Tartu_linnavalitsus, lk 27
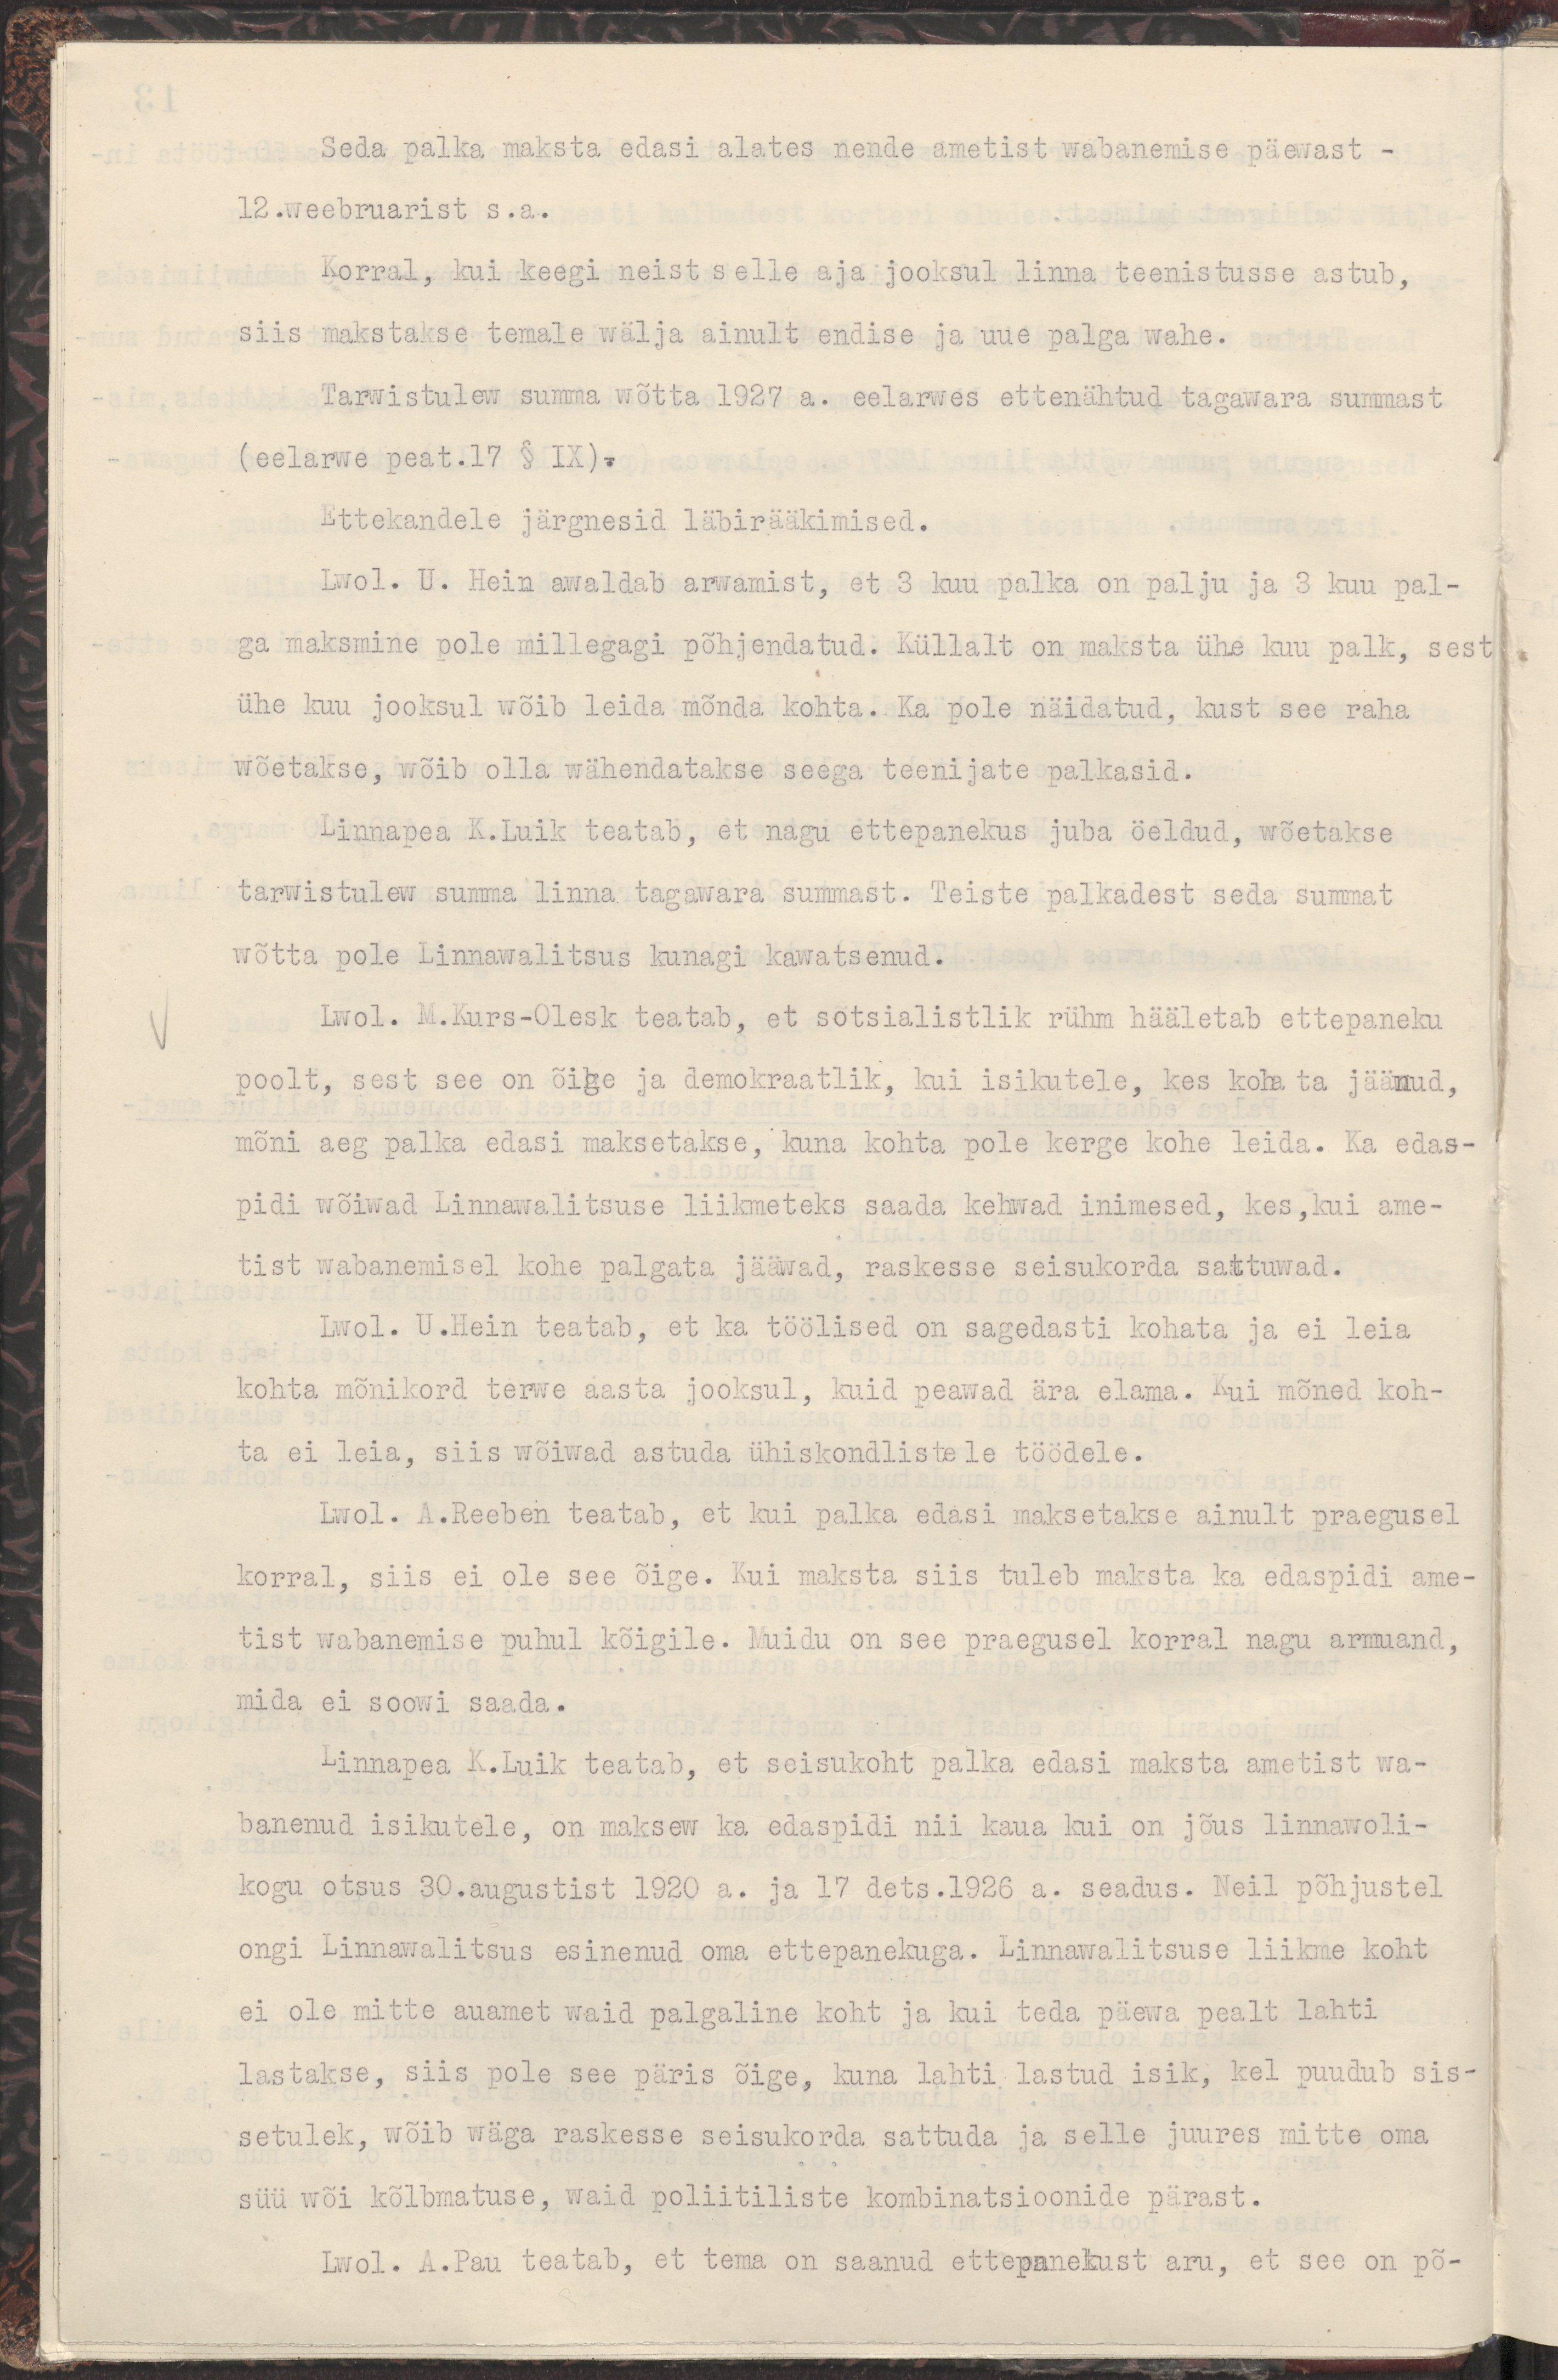
Seda palka maksta edasi alates nende ametist wabanemise päewast -
12.weebruarist s.a.
Korral, kui keegi neist selle aja jooksul linna teenistusse astub,
siis makstakse temale wälja ainult endise ja uue palga wahe.
Tarwistulew summa wõtta 1927 a. eelarwes ettenähtud tagawara summast
( eelarwe peat.17 § IX).
Ettekandele järgnesid läbirääkimised.
Lwol. U. Hein awaldab arwamist, et 3 kuu palka on palju ja 3 kuu pal-
ga maksmine pole millegagi põhjendatud. Küllalt on maksta ühe kuu palk, sest
ühe kuu jooksul wõib leida mõnda kohta. Ka pole näidatud, kust see raha
wõetakse, wõib olla wähendatakse seega teenijate palkasid.
Linnapea K.Luik teatab, et nagu ettepanekus juba öeldud, wõetakse
tarwistulew summa linna tagawara summast. Teiste palkadest seda summat
wõtta pole Linnawalitsus kunagi kawatsenud.
Lwol. M.Kurs-Olesk teatab, et sotsialistlik rühm hääletab ettepaneku
poolt sest, see on õige ja demokraatlik, kui isikutele, kes kohata jäänud,
mõni aeg palka edasi maksetakse, kuna kohta pole kerge kohe leida. Ka edas-
pidi wõiwad Linnawalitsuse liikmeteks saada kehwad inimesed, kes, kui ame-
tist wabanemiselkohe palgata jääwad, raskesse seisukorda sattuwad.
Lwol. U.Hein teatab, et ka töölised on sagedasti kohata ja ei leia
kohta mõnikord terwe aasta jooksul, kuid peawad ära elama. Kui mõned koh-
ta ei leia, siis wõiwad astuda ühiskondlistele töödele.
Lwol. A.Reeben teatab, et kui palka edasi maksetakse ainult praegusel 
korral, siis ei ole see õige. Kui maksta siis tuleb maksta ka edaspidi ame-
tist wabanemise puhul kõigile. Muidu on see praegusel korral nagu armuand,
mida ei soowi saada.
Linnapea K.Luik teatab, et seisukoht palka edasi maksta ametist wa-
banenud isikutele, on maksew ka edaspidi nii kaua kui on jõus linnawoli-
kogu otsus 30.augustist 1920 a. ja 17 dets.1926 a. seadus. Neil põhjustel
ongi Linnawalitsus esinenud oma ettepanekuga. Linnawalitsuse liikme koht
ei ole mitte auamet waid palgaline koht ja kui teda päewa pealt lahti
lastakse, siis pole see päris õige, kuna lahti lastud isik, kel puudub sis-
setulek, wõib wäga raskesse seisukorda sattuda ja selle juures mitte oma
süü wõi kõlbmatuse, waid poliitiliste kombinatsioonide pärast.
Lwol. A.Pau teatab, et tema on saanud ettepanekust aru, et see on põ-